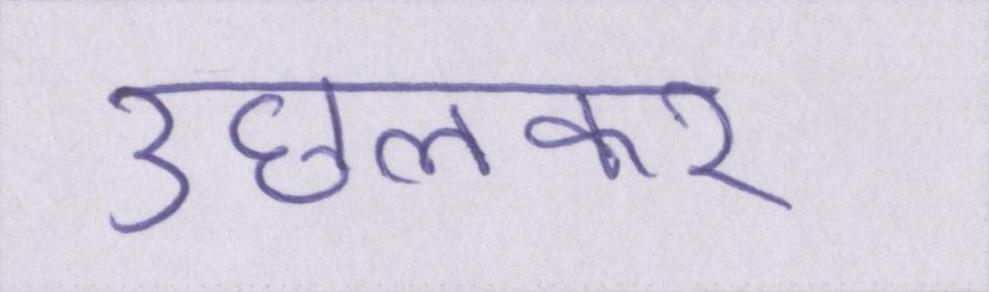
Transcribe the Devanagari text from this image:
उछलकर